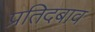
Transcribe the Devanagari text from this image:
प्रतिदबाव